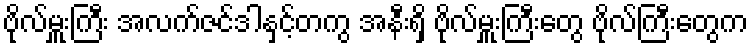
ဗိုလ်မှူးကြီး အလက်ဇင်ဒါနှင့်တကွ အနီးရှိ ဗိုလ်မှူးကြီးတွေ ဗိုလ်ကြီးတွေက